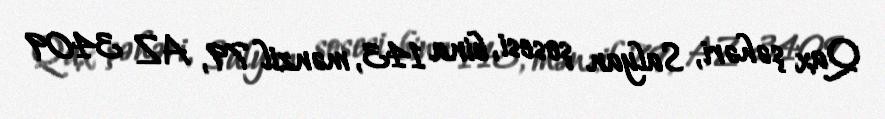
Qax şəhəri, Salyan şosesi, bina 143, mənzil 79, AZ 3409